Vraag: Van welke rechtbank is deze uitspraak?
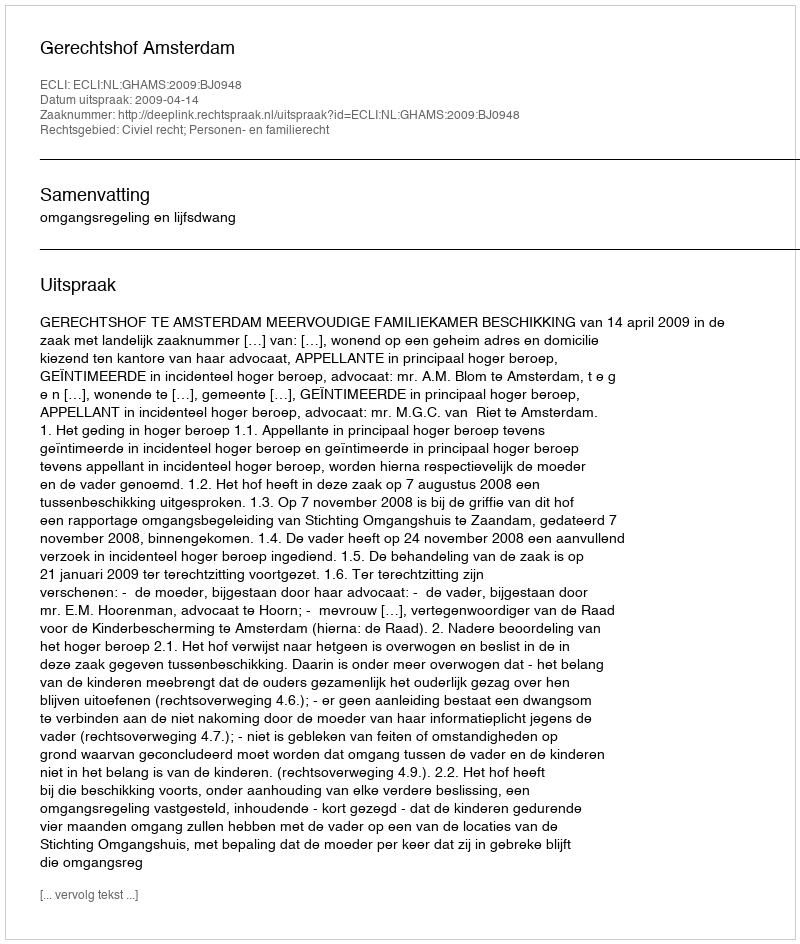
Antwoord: Gerechtshof Amsterdam